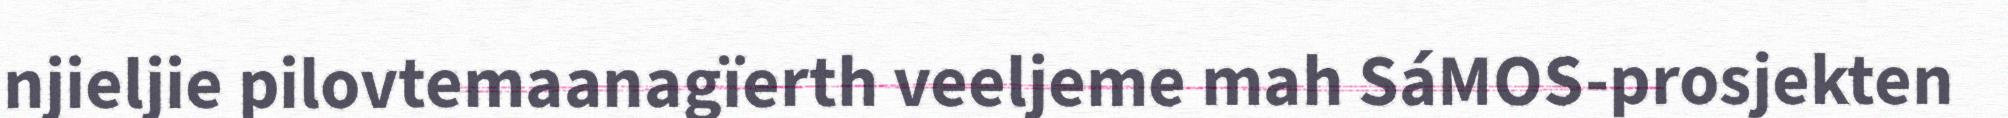
njieljie pilovtemaanagïerth veeljeme mah SáMOS-prosjekten